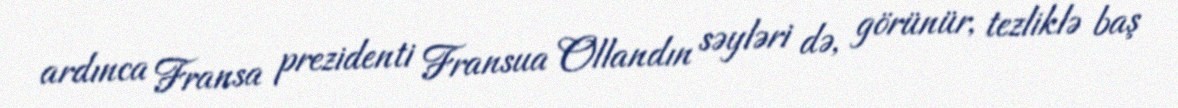
ardınca Fransa prezidenti Fransua Ollandın səyləri də, görünür, tezliklə baş